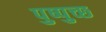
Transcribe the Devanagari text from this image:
पुष्पुच्छ